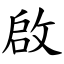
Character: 啟